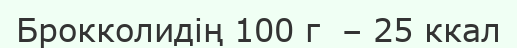
Брокколидің 100 г  – 25 ккал